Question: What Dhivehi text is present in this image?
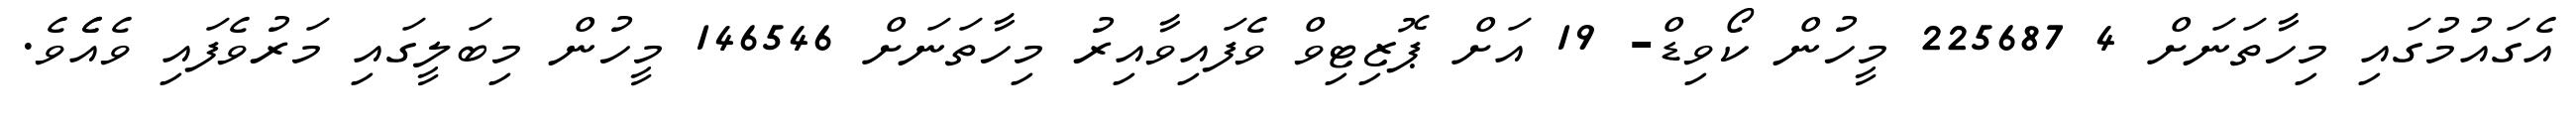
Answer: އެގައުމުގައި މިހާތަނަށް 4 225687 މީހުން ކޯވިޑް- 19 އަށް ޕޮޒިޓިވް ވެފައިވާއިރު މިހާތަނަށް 146546 މީހުން މިބަލީގައި މަރުވެފައި ވެއެެވެ.